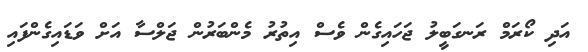
އަދި ކޯރަމް ރަނގަބީލު ޖަހައިގެން ވެސް އިތުރު މެންބަރުން ޖަލްސާ އަށް ވަޑައިގެންފައި